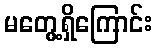
မတွေ့ရှိကြောင်း